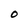
Character: O